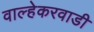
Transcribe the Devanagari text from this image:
वाल्हेकरवाडी